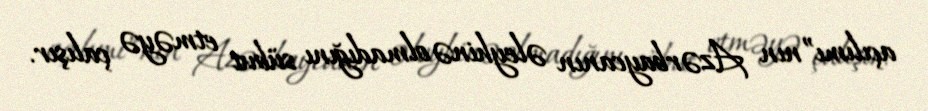
açılımı”nın Azərbaycanın əleyhinə olmadığını sübut etməyə çalışır.